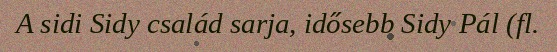
A sidi Sidy család sarja, idősebb Sidy Pál (fl.